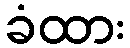
ခံထား